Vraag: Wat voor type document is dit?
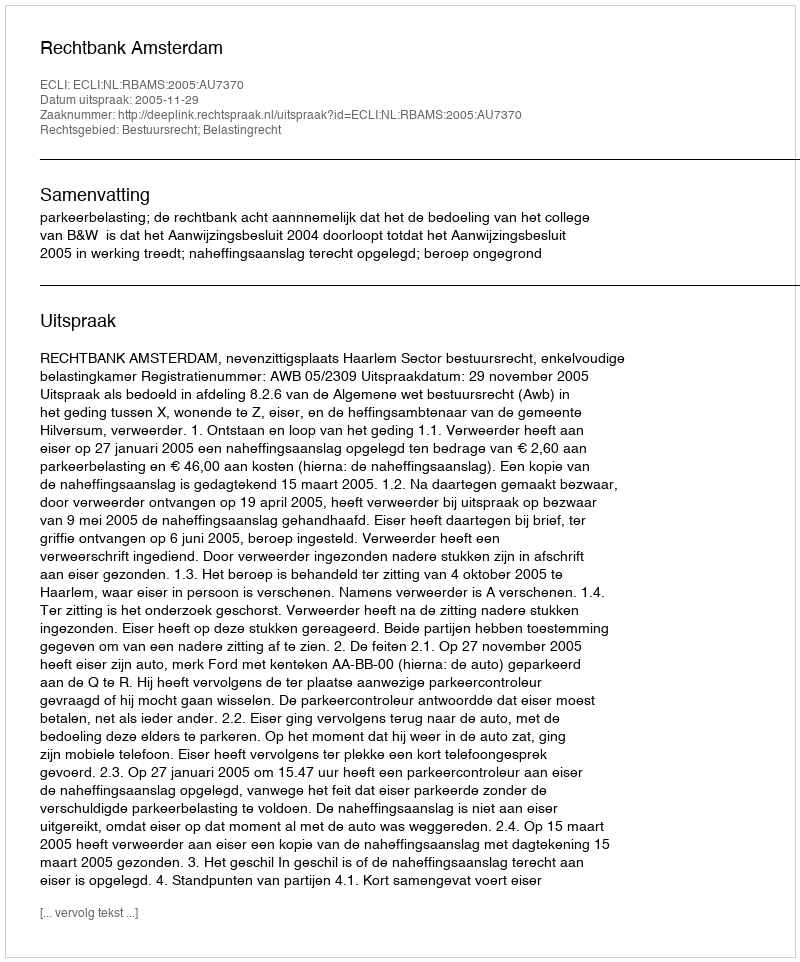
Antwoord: Uitspraak